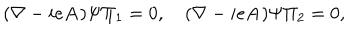
( \mathbf { \nabla } - i e \mathbf { A } ) \Psi \Pi _ { 1 } = 0 , \quad ( \mathbf { \nabla } - i e \mathbf { A } ) \Psi \Pi _ { 2 } = 0 ,